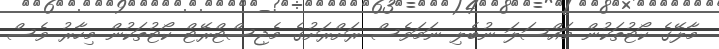
މާލޭގެ ކޯޓުތަކުން މައްސަލަ ނުބެލި ނަމަވެސް ރަށްރަށުގެ މެޖިސްޓްރޭޓް ކޯޓުތަކުން މިހާރު ވެސް